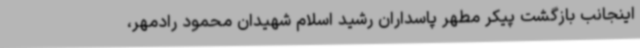
اینجانب بازگشت پیکر مطهر پاسداران رشید اسلام شهیدان محمود رادمهر،